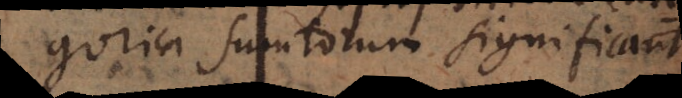
Categorica sumtorum significant.